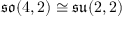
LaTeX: { \mathfrak { s o } } ( 4 , 2 ) \cong { \mathfrak { s u } } ( 2 , 2 )